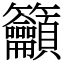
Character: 籲